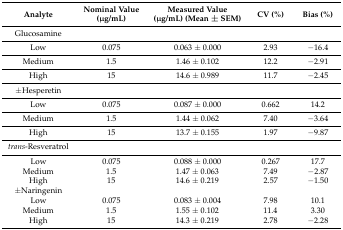
<table><thead><tr><td><b>Analyte</b></td><td><b>Nominal Value (μg/mL)</b></td><td><b>Measured Value (μg/mL) (Mean ± SEM)</b></td><td><b>CV (%)</b></td><td><b>Bias (%)</b></td></tr></thead><tbody><tr><td>Glucosamine</td><td></td><td></td><td></td><td></td></tr><tr><td>Low</td><td>0.075</td><td>0.063 ± 0.000</td><td>2.93</td><td>−16.4</td></tr><tr><td>Medium</td><td>1.5</td><td>1.46 ± 0.102</td><td>12.2</td><td>−2.91</td></tr><tr><td>High</td><td>15</td><td>14.6 ± 0.989</td><td>11.7</td><td>−2.45</td></tr><tr><td>±Hesperetin</td><td></td><td></td><td></td><td></td></tr><tr><td>Low</td><td>0.075</td><td>0.087 ± 0.000</td><td>0.662</td><td>14.2</td></tr><tr><td>Medium</td><td>1.5</td><td>1.44 ± 0.062</td><td>7.40</td><td>−3.64</td></tr><tr><td>High</td><td>15</td><td>13.7 ± 0.155</td><td>1.97</td><td>−9.87</td></tr><tr><td><i>trans</i>-Resveratrol</td><td></td><td></td><td></td><td></td></tr><tr><td>LowMediumHigh±NaringeninLowMediumHigh</td><td>0.0751.515 0.0751.515</td><td>0.088 ± 0.0001.47 ± 0.06314.6 ± 0.219 0.083 ± 0.0041.55 ± 0.10214.3 ± 0.219</td><td>0.2677.492.57 7.9811.42.78</td><td>17.7−2.87−1.50 10.13.30−2.28</td></tr></tbody></table>